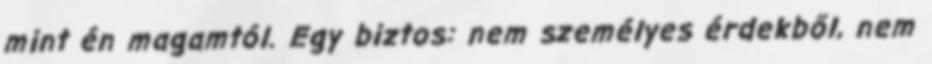
mint én magamtól. Egy biztos: nem személyes érdekből, nem